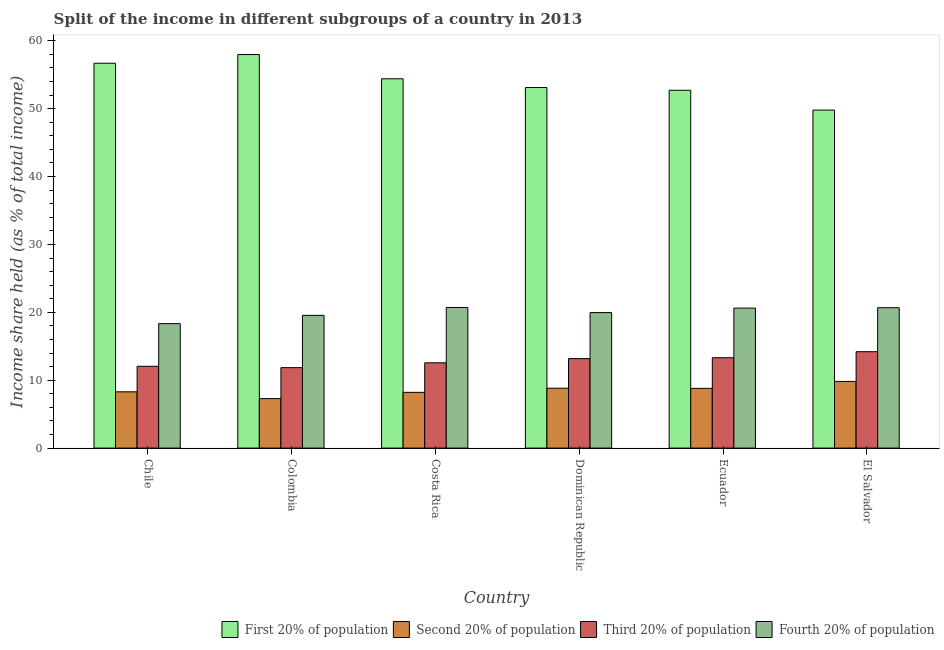
| Country | First 20% of population | Second 20% of population | Third 20% of population | Fourth 20% of population |
 | --- | --- | --- | --- | --- |
 | Chile | 56.7 | 8.29 | 12.1 | 18.3 |
 | Colombia | 58 | 7.29 | 11.8 | 19.6 |
 | Costa Rica | 54.4 | 8.21 | 12.6 | 20.7 |
 | Dominican Republic | 53.1 | 8.82 | 13.2 | 20 |
 | Ecuador | 52.7 | 8.8 | 13.3 | 20.6 |
 | El Salvador | 49.8 | 9.82 | 14.2 | 20.7 |